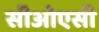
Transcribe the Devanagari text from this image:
सीओएसी